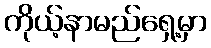
ကိုယ့်နာမည်ရှေ့မှာ